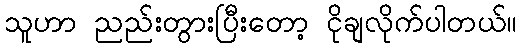
သူဟာ ညည်းတွားပြီးတော့ ငိုချလိုက်ပါတယ်။